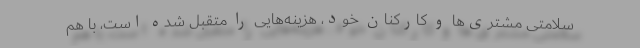
سلامتی مشتری‌ها و کارکنان خود، هزینه‌هایی را متقبل شده است، با هم